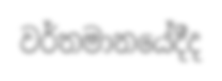
වර්තමානයේදීද